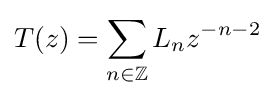
T(z)=\sum _{n\in \mathbb {Z} }L_{n}z^{-n-2}